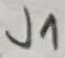
Text: J1